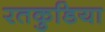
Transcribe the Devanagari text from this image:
रतकुडिया